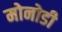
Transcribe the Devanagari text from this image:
मोनोडी